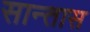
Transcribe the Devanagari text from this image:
सान्तास